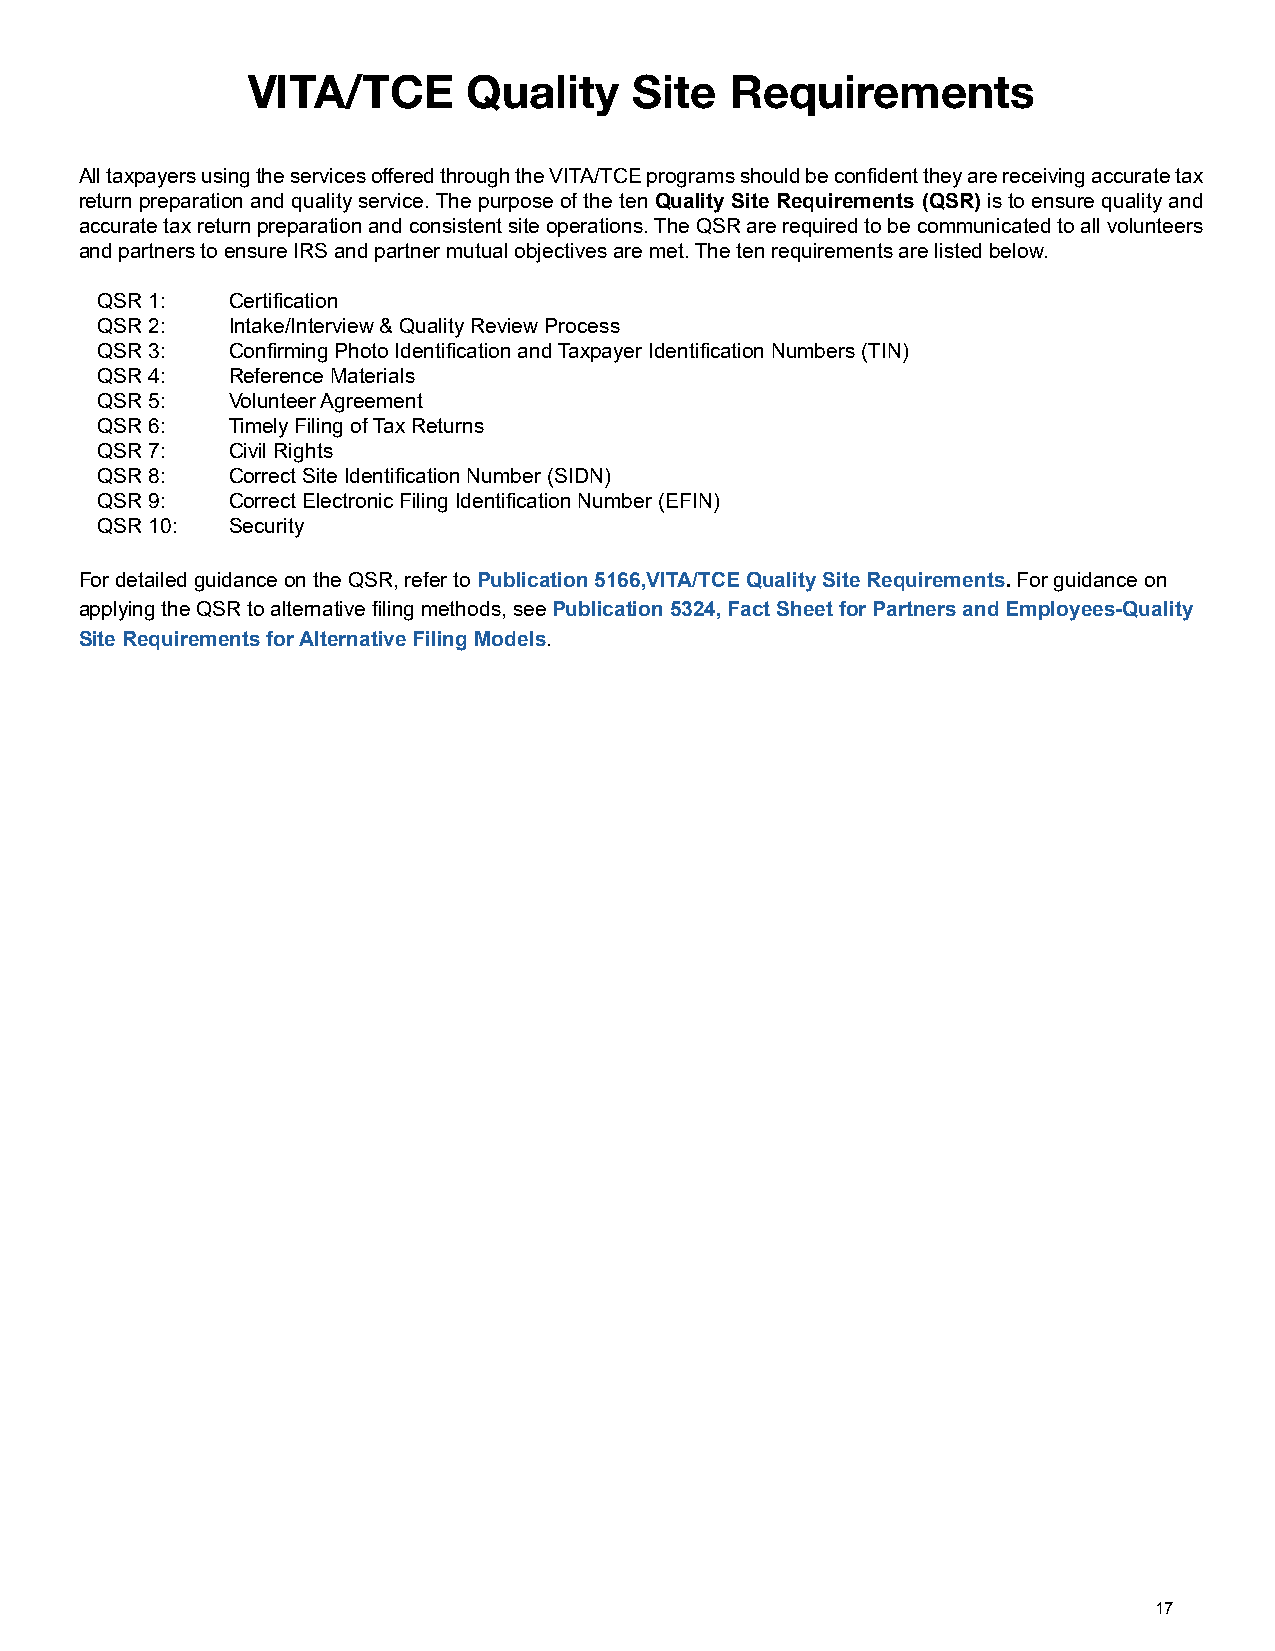
VITA/TCE       Quality    Site  Requirements
 All taxpayers using the services offered through the VITA/TCE programs should be confident they are receiving accurate tax
 return preparation and quality service. The purpose of the ten Quality Site Requirements (QSR) is to ensure quality and
 accurate tax return preparation and consistent site operations. The QSR are required to be communicated to all volunteers
 and partners to ensure IRS and partner mutual objectives are met. The ten requirements are listed below.
 QSR 1:   Certification
 QSR 2:   Intake/Interview & Quality Review Process
 QSR 3:   Confirming Photo Identification and Taxpayer Identification Numbers (TIN)
 QSR 4:   Reference Materials
 QSR 5:   Volunteer Agreement
 QSR 6:   Timely Filing of Tax Returns
 QSR 7:   Civil Rights
 QSR 8:   Correct Site Identification Number (SIDN)
 QSR 9:   Correct Electronic Filing Identification Number (EFIN)
 QSR 10:  Security
 For detailed guidance on the QSR, refer to Publication 5166,VITA/TCE Quality Site Requirements. For guidance on
 applying the QSR to alternative filing methods, see Publication 5324, Fact Sheet for Partners and Employees-Quality
 Site Requirements for Alternative Filing Models.
 17